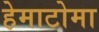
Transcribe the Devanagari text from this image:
हेमाटोमा